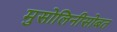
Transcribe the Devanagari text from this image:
मुसोलिनीसोबत